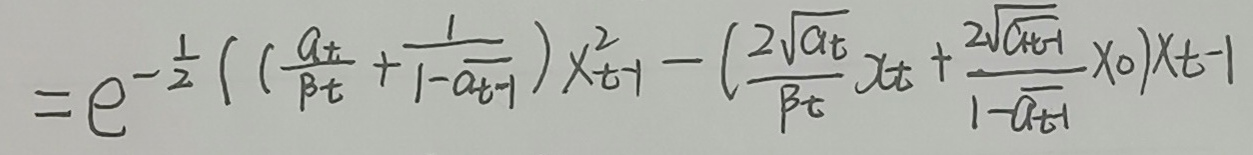
\[
=e^{-\frac{1}{2}}\left(\left(\frac{a_t}{\beta_t}+\frac{1}{1 - a_{t - 1}}\right)x_{t - 1}^2-\left(\frac{2\sqrt{a_t}}{\beta_t}x_t+\frac{2\sqrt{a_{t - 1}}}{1 - a_{t - 1}}x_0\right)x_{t - 1}\right)
\]